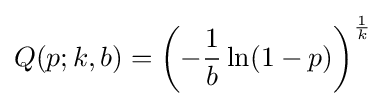
Q(p;k,b)=\left(-{\frac {1}{b}}\ln(1-p)\right)^{\frac {1}{k}}